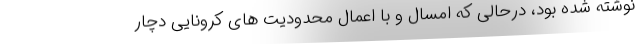
نوشته شده بود، درحالی که امسال و با اعمال محدودیت های کرونایی دچار